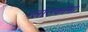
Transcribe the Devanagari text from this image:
ग्लाउकोमा